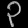
Digit: ၃